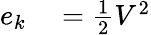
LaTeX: \begin{array}{rl}{e_{k}}&{{}={\frac{1}{2}}V^{2}}\end{array}